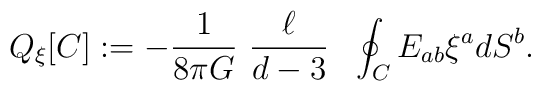
Q_{\xi }[C]:=-\frac{1}{8\pi G}~\frac{\ell}{d-3}~~\oint_{C} E_{ab}\xi^{a}dS^{b}.